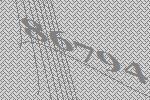
86794